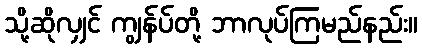
သို့ဆိုလျှင် ကျွန်ပ်တို့ ဘာလုပ်ကြမည်နည်း။